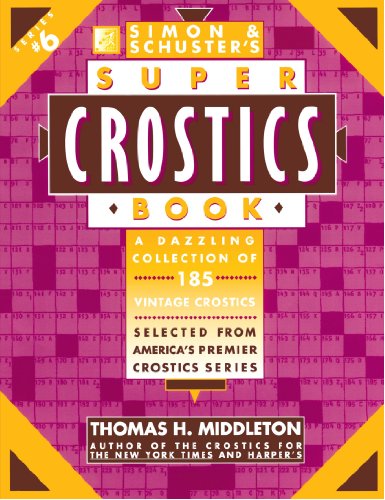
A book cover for Simon & Schuster Super Crostics Book #6; Humor & Entertainment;